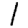
Digit: 1